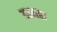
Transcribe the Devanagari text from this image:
यामहा